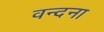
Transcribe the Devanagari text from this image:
वन्‍दना